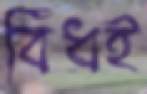
বিঁধই